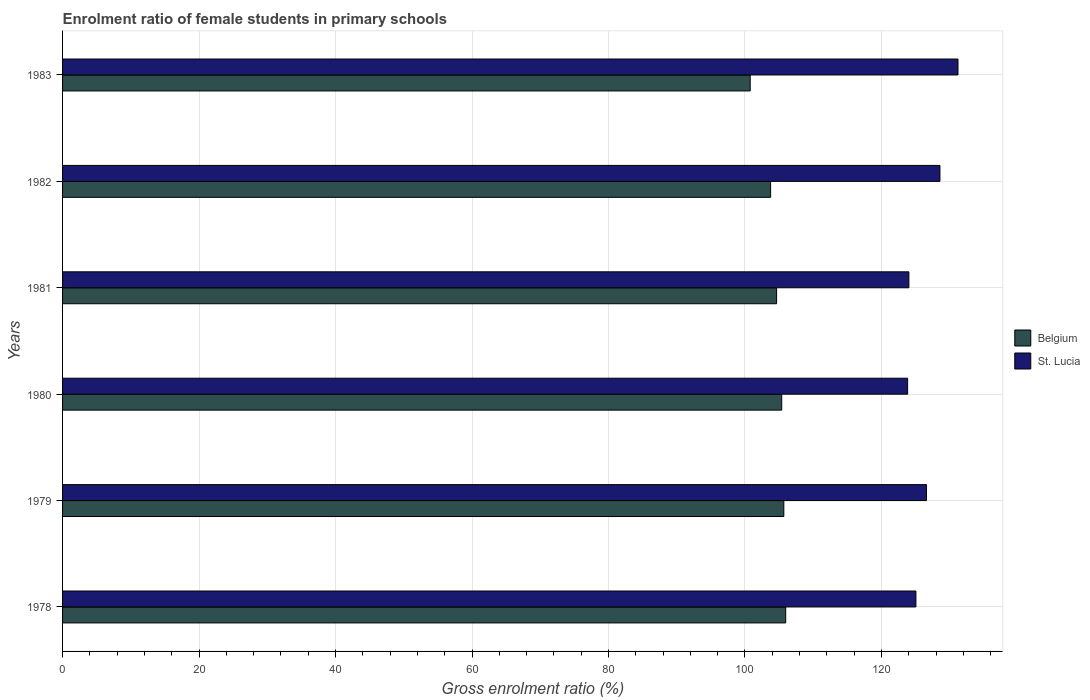
| Years | Belgium | St. Lucia |
 | --- | --- | --- |
 | 1978 | 106 | 125 |
 | 1979 | 106 | 127 |
 | 1980 | 105 | 124 |
 | 1981 | 105 | 124 |
 | 1982 | 104 | 129 |
 | 1983 | 101 | 131 |